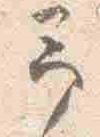
予